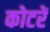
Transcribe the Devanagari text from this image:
कोटरें